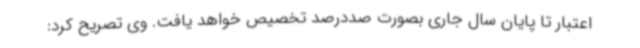
اعتبار تا پایان سال جاری بصورت صددرصد تخصیص خواهد یافت. وی تصریح کرد: